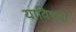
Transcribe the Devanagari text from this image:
याविषया